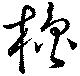
櫓